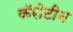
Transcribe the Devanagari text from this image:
कॅरोटीन